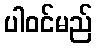
ပါဝင်မည်